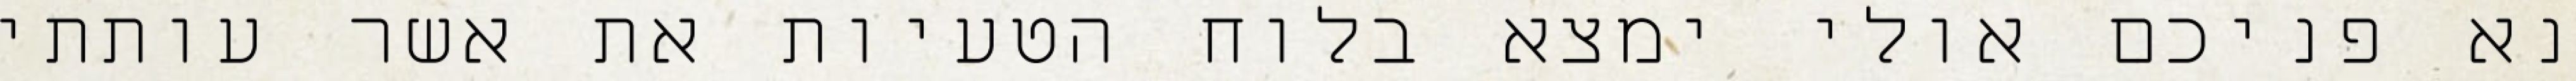
נא פניכם אולי ימצא בלוח הטעיות את אשר עותתי